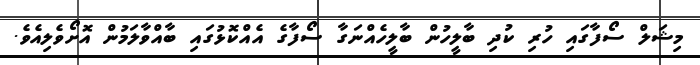
މިޝަލް ސޯފާގައި ހުރި ކުދި ބާލީހުން ބާލީހެއްނަގާ ސޯފާގެ އެއްކޮޅުގައި ބާއްވާލަމުން އޮށޯވެލިއެވެ.